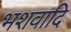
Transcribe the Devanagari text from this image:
भशवादि